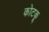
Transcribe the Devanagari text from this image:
कोटकू